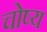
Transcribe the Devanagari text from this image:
चोष्‍य